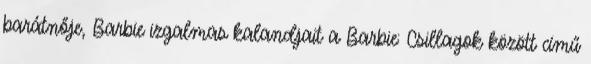
barátnője, Barbie izgalmas kalandjait a Barbie: Csillagok között című